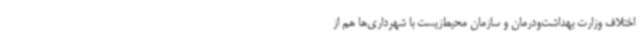
اختلاف وزارت بهداشت‌ودرمان و سازمان محیط‌زیست با شهرداری‌ها هم از